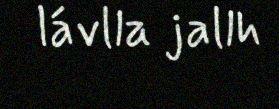
lávlla jallh